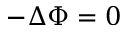
- \Delta \Phi = 0